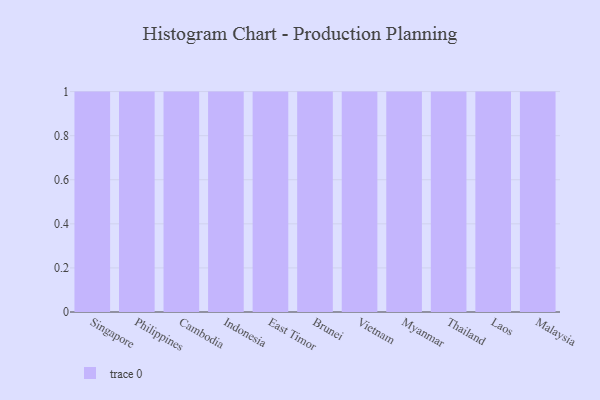
{"axis": {"x": "Country", "y": "Gross Profit (USD K)"}, "legend": [""], "data": [{"x": "Singapore", "y": 100, "type": ""}, {"x": "Philippines", "y": 18, "type": ""}, {"x": "Cambodia", "y": 12, "type": ""}, {"x": "Indonesia", "y": 85, "type": ""}, {"x": "East Timor", "y": 21, "type": ""}, {"x": "Brunei", "y": 27, "type": ""}, {"x": "Vietnam", "y": 40, "type": ""}, {"x": "Myanmar", "y": 83, "type": ""}, {"x": "Thailand", "y": 5, "type": ""}, {"x": "Laos", "y": 85, "type": ""}, {"x": "Malaysia", "y": 17, "type": ""}]}